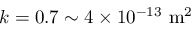
k = 0 . 7 \sim 4 \times 1 0 ^ { - 1 3 } \ \mathrm { m ^ { 2 } }